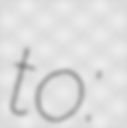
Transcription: to: